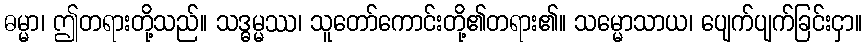
ဓမ္မာ၊ ဤတရားတို့သည်။ သဒ္ဓမ္မဿ၊ သူတော်ကောင်းတို့၏တရား၏။ သမ္မောသာယ၊ ပျေက်ပျက်ခြင်းငှာ။